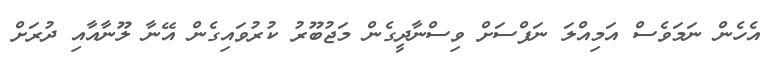
އެހެން ނަމަވެސް އަމިއްލަ ނަފްސަށް ވިސްނާދީގެން މަޖުބޫރު ކުރުވައިގެން އޭނާ ލޫނާއާއި ދުރަށް